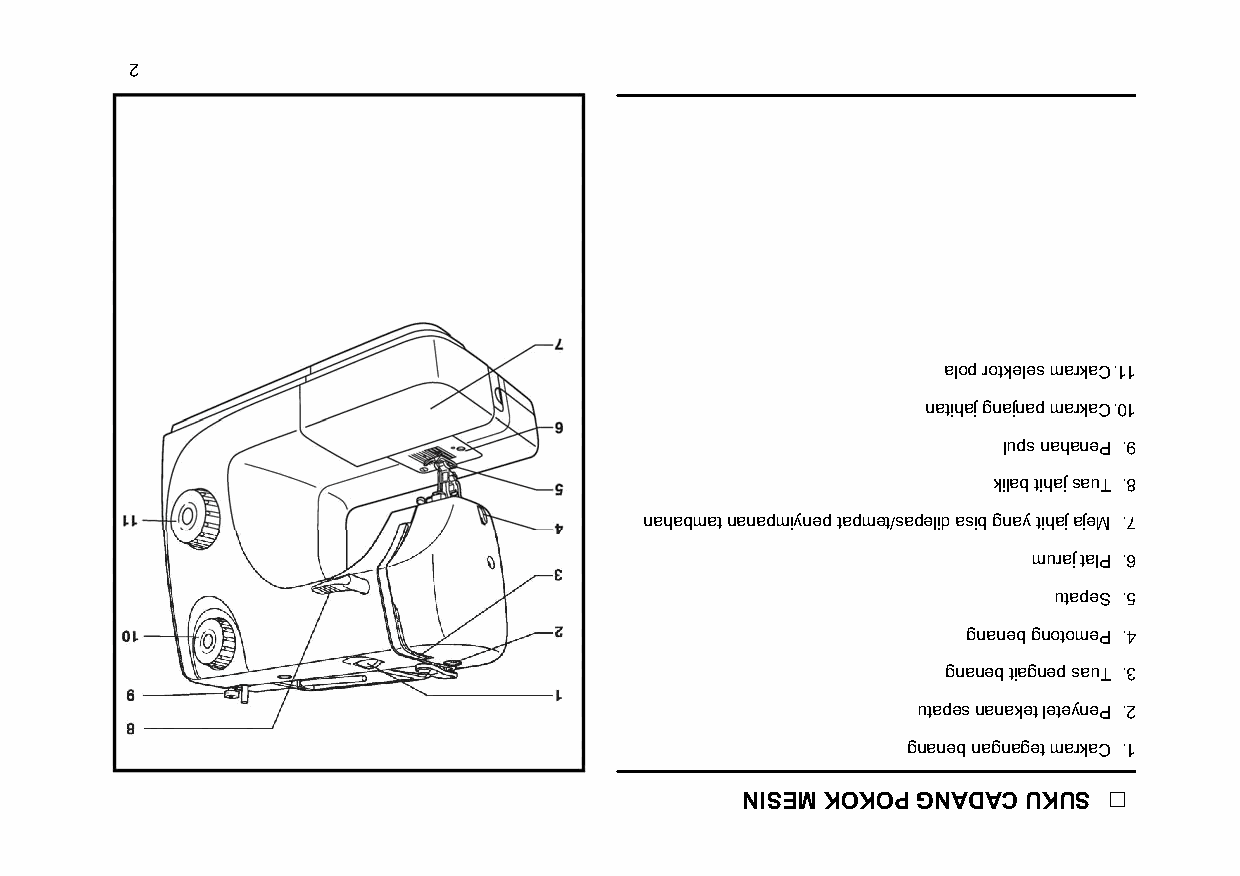
2
 alop rotkeles markaC .11
 natihaj gnajnap markaC .01
 lups nahaneP .9
 kilab tihaj sauT .8
 nahabmat nanapmiynep tapmet/sapelid asib gnay tihaj ajeM .7
 muraj talP .6
 utapeS .5
 gnaneb gnotomeP .4
 gnaneb tiagnep sauT .3
 utapes nanaket leteyneP .2
 gnaneb nagnaget markaC .1
 NISEM KOKOP GNADAC UKUS